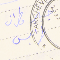
جبير مطران طرابلس